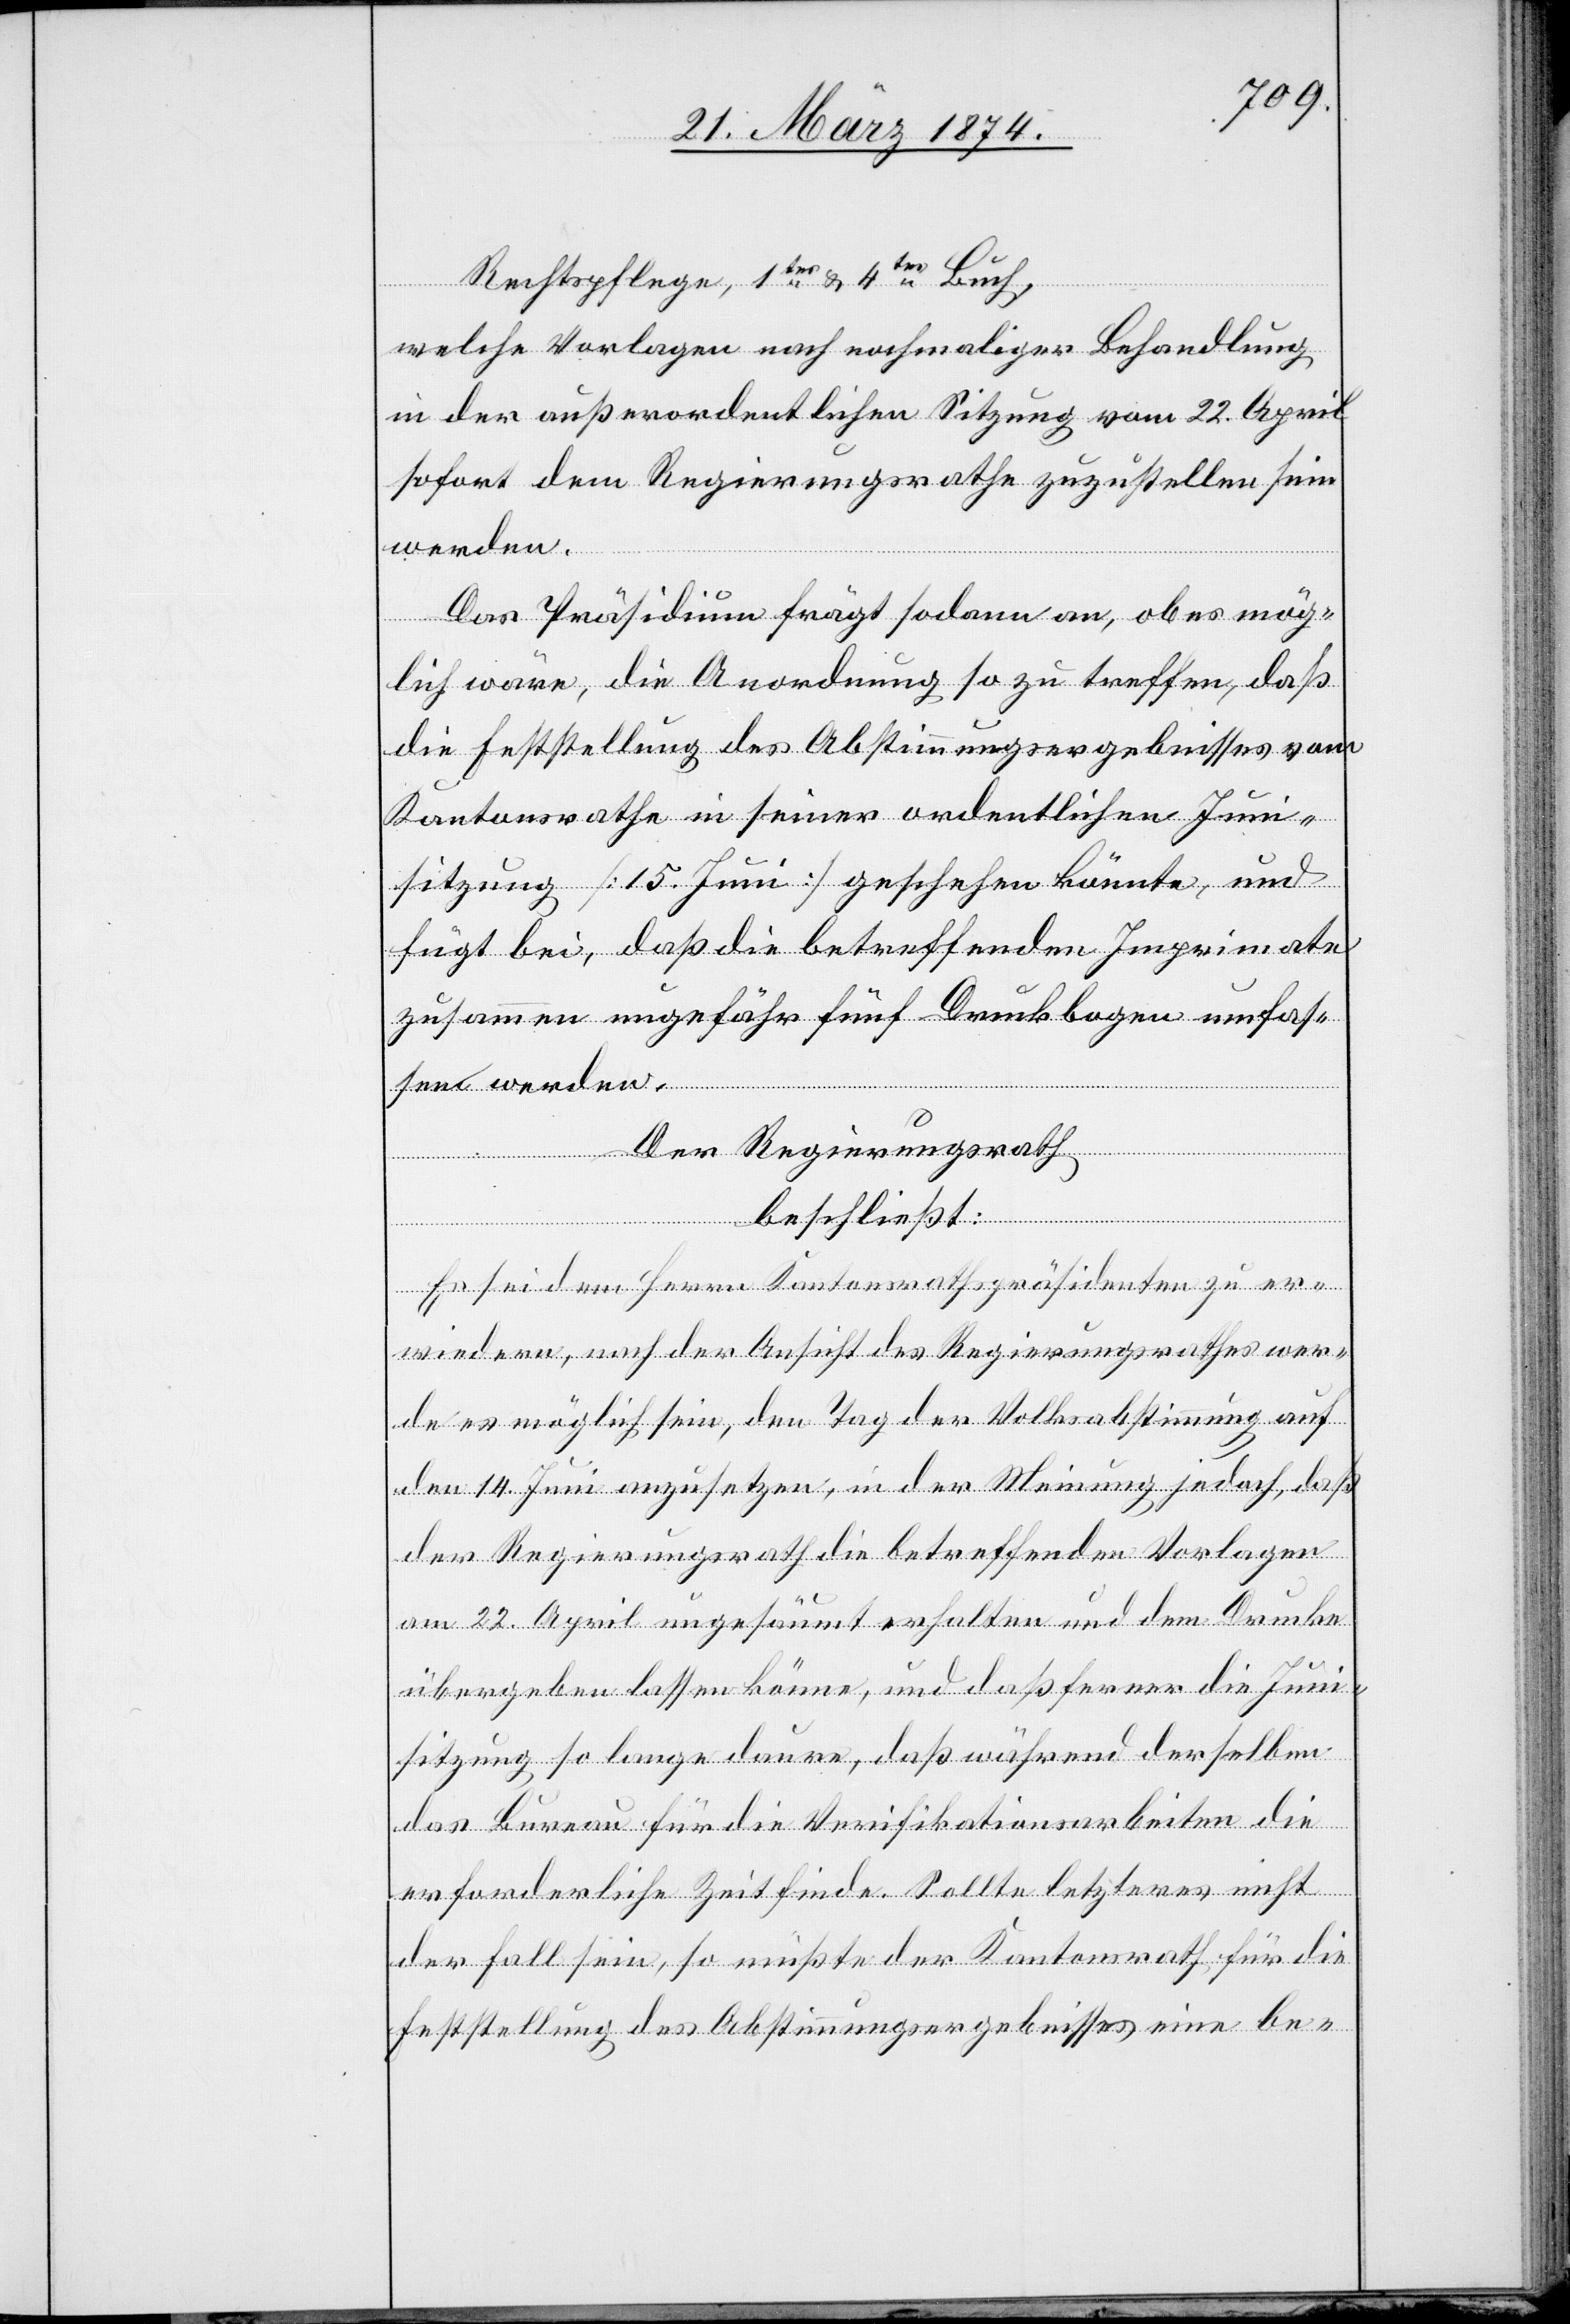
Rechtspflege, 1tes u. 4tes Buch,
welche Vorlagen nach nochmaliger Behandlung
in der außerordentlichen Sitzung vom 22. April
sofort dem Regierungsrathe zuzustellen sein
werden.
Das Präsidium frägt sodann an, ob es mög¬
en
lich wäre, die Anordnung so zu treffen, daß
die Feststellung des Abstimmungsergebnisses vom
Kantonsrathe in seiner ordentlichen Juni¬
sitzung [15. Juni] geschehen könnte, und
fügt bei, daß die betreffenden Imprimate
zusammen ungefähr fünf Druckbogen umfass¬
Der Regierungsrath
beschließt:
Es sei dem Hrn. Kantonsrathspräsidenten zu er¬
wiedern, nach der Ansicht des Regierungsrathes wer¬
de es möglich sein, den Tag der Volksabstimmung auf
den 14. Juni anzusetzen, in der Meinung jedoch, daß
der Regierungsrath die betreffenden Vorlagen
am 22. April ungesäumt erhalten und dem Drucke
übergeben lassen könne, und daß ferner die Juni¬
sitzung so lange daure, daß während derselben
das Bureau für die Verifikationsarbeiten die
erforderliche Zeit finde. Sollte letzteres nicht
der Fall sein, so müßte der Kantonsrath für die
Erststellung des Abstimmungsergebnisses eine be-